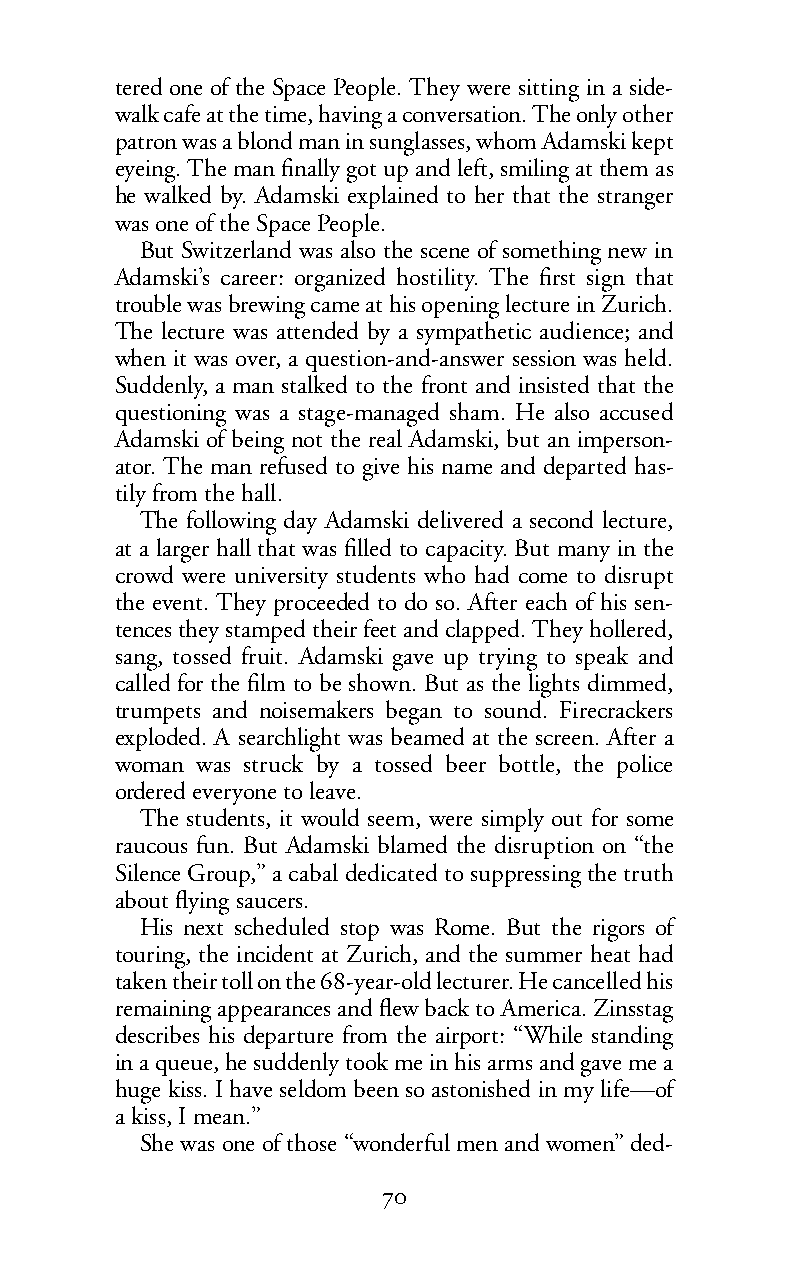
tered one of the Space People. They were sitting in a side-
 walk cafe at the time, having a conversation. The only other
 patron was a blond man in sunglasses, whom Adamski kept
 eyeing. The man finally got up and left, smiling at them as
 he walked by. Adamski explained to her that the stranger
 was one of the Space People.
 But Switzerland was also the scene of something new in
 Adamski’s career: organized hostility. The first sign that
 trouble was brewing came at his opening lecture in Zurich.
 The lecture was attended by a sympathetic audience; and
 when it was over, a question-and-answer session was held.
 Suddenly, a man stalked to the front and insisted that the
 questioning was a stage-managed sham. He also accused
 Adamski of being not the real Adamski, but an imperson-
 ator. The man refused to give his name and departed has-
 tily from the hall.
 The following day Adamski delivered a second lecture,
 at a larger hall that was filled to capacity. But many in the
 crowd were university students who had come to disrupt
 the event. They proceeded to do so. After each of his sen-
 tences they stamped their feet and clapped. They hollered,
 sang, tossed fruit. Adamski gave up trying to speak and
 called for the film to be shown. But as the lights dimmed,
 trumpets and noisemakers began to sound. Firecrackers
 exploded. A searchlight was beamed at the screen. After a
 woman was struck by a tossed beer bottle, the police
 ordered everyone to leave.
 The students, it would seem, were simply out for some
 raucous fun. But Adamski blamed the disruption on “the
 Silence Group,” a cabal dedicated to suppressing the truth
 about flying saucers.
 His next scheduled stop was Rome. But the rigors of
 touring, the incident at Zurich, and the summer heat had
 taken their toll on the 68-year-old lecturer. He cancelled his
 remaining appearances and flew back to America. Zinsstag
 describes his departure from the airport: “While standing
 in a queue, he suddenly took me in his arms and gave me a
 huge kiss. I have seldom been so astonished in my life—of
 akiss, I mean.”
 She was one of those “wonderful men and women” ded-
 